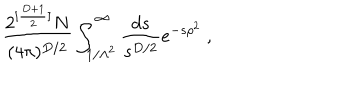
LaTeX: \frac { 2 ^ { [ \frac { D + 1 } { 2 } ] } N } { ( 4 \pi ) ^ { D / 2 } } \int _ { 1 / \Lambda ^ { 2 } } ^ { \infty } \frac { d s } { s ^ { D / 2 } } e ^ { - s \rho ^ { 2 } } ~ ,